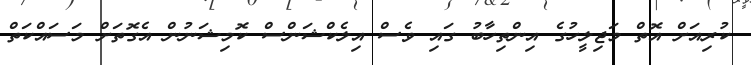
ކުރިއަށް އޮތް މަޖިލީހުގެ އިންތިހާބު ގައި ވެސް އިލެކްޝަންސް ކޮމިޝަނުން އެގޮތަށް މަސައްކަތް